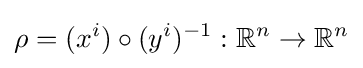
\rho =(x^{i})\circ (y^{i})^{-1}:{\mathbb {R} }^{n}\rightarrow {\mathbb {R} }^{n}